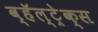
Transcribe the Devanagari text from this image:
व्हॅल्ट्रेक्स